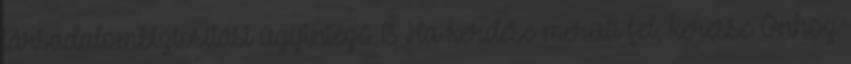
társadalombiztosítási ügyintéző 13 Ha kérdése merült fel, keresse Önhöz